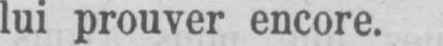
lui prouver encore.